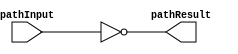
module ro_35n(pathResult, pathInput);
input pathInput;
output pathResult;

(* keep = 1 *) wire w0, w1, w2, w3, w4, w5, w6, w7, w8, w9, w10, w11, w12, w13, w14, w15, w16, w17, w18, w19, w20, w21, w22, w23, w24, w25, w26, w27, w28, w29, w30, w31, w32, w33;

not n0(w0, pathInput);
not n1(w1, w0);
not n2(w2, w1);
not n3(w3, w2);
not n4(w4, w3);
not n5(w5, w4);
not n6(w6, w5);
not n7(w7, w6);
not n8(w8, w7);
not n9(w9, w8);
not n10(w10, w9);
not n11(w11, w10);
not n12(w12, w11);
not n13(w13, w12);
not n14(w14, w13);
not n15(w15, w14);
not n16(w16, w15);
not n17(w17, w16);
not n18(w18, w17);
not n19(w19, w18);
not n20(w20, w19);
not n21(w21, w20);
not n22(w22, w21);
not n23(w23, w22);
not n24(w24, w23);
not n25(w25, w24);
not n26(w26, w25);
not n27(w27, w26);
not n28(w28, w27);
not n29(w29, w28);
not n30(w30, w29);
not n31(w31, w30);
not n32(w32, w31);
not n33(w33, w32);
not n34(pathResult, w33);

endmodule